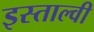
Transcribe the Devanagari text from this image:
इस्ताल्वी